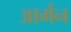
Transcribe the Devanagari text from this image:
आर्मेन